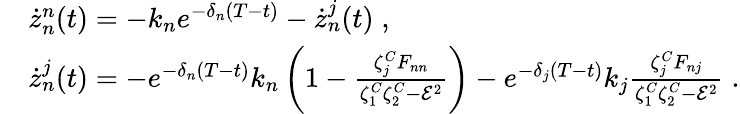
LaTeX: \begin{array}{rl}&{\dot{z}_{n}^{n}(t)=-k_{n}e^{-\delta_{n}(T-t)}-\dot{z}_{n}^{j}(t)\; ,}\\ &{\dot{z}_{n}^{j}(t)=-e^{-\delta_{n}(T-t)}k_{n}\left(1-\frac{\zeta_{j}^{C}F_{nn}}{\zeta_{1}^{C}\zeta_{2}^{C}-\mathcal{E}^{2}}\right)-e^{-\delta_{j}(T-t)}k_{j}\frac{\zeta_{j}^{C}F_{nj}}{\zeta_{1}^{C}\zeta_{2}^{C}-\mathcal{E}^{2}}\; .}\end{array}